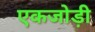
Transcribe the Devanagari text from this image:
एकजोड़ी